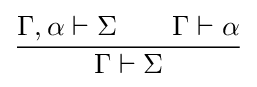
{\frac {\Gamma ,\alpha \vdash \Sigma \qquad \Gamma \vdash \alpha }{\Gamma \vdash \Sigma }}